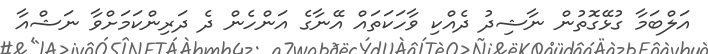
އަލްބަމާ ގުޅޭގޮތުން ނާޝިދު ދެއްކި ވާހަކަތައް އޭނާގެ އަންހެން ދެ ދަރިންކަމަށްވާ ނަޝްއާ